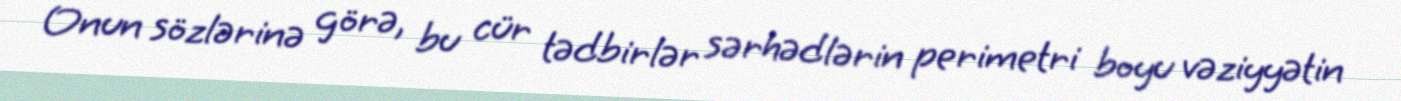
Onun sözlərinə görə, bu cür tədbirlər sərhədlərin perimetri boyu vəziyyətin